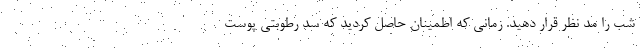
شب را مد نظر قرار دهید. زمانی که اطمینان حاصل کردید که سد رطوبتی پوست